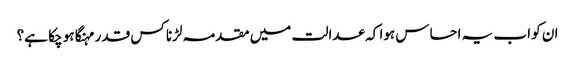
ان کو اب یہ احساس ہوا کہ عدالت میں مقدمہ لڑنا کس قدر مہنگا ہو چکا ہے؟